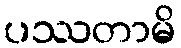
ပဿတာမိ